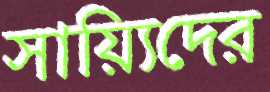
সায়্যিদের